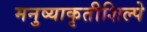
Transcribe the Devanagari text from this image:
मनुष्याकृतीशिल्पे